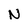
Character: N